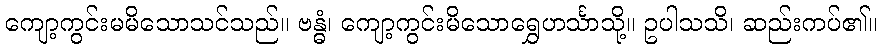
ကျော့ကွင်းမမိသောသင်သည်။ ဗန္ဓံ၊ ကျော့ကွင်းမိသောရွှေဟင်္သာသို့။ ဥပါသသိ၊ ဆည်းကပ်၏။